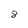
Character: 8